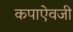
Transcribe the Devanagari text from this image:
कपाऐवजी